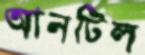
আনটিল